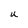
Character: u